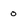
Character: o